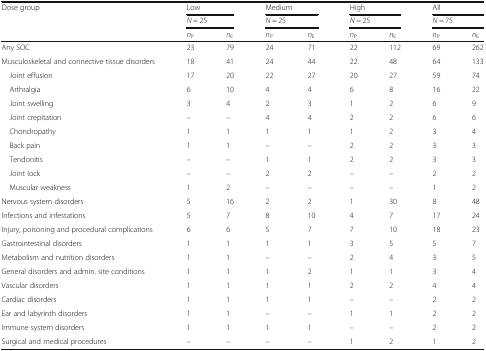
<table><thead><tr><td rowspan="3"><b>Dose group</b></td><td colspan="2"><b>Low</b></td><td colspan="2"><b>Medium</b></td><td colspan="2"><b>High</b></td><td colspan="2"><b>All</b></td></tr><tr><td colspan="2"><b><i>N</i> = 25</b></td><td colspan="2"><b><i>N</i> = 25</b></td><td colspan="2"><b><i>N</i> = 25</b></td><td colspan="2"><b><i>N</i> = 75</b></td></tr><tr><td><b><i>n</i><sub>P</sub></b></td><td><b><i>n</i><sub>E</sub></b></td><td><b><i>n</i><sub>P</sub></b></td><td><b><i>n</i><sub>E</sub></b></td><td><b><i>n</i><sub>P</sub></b></td><td><b><i>n</i><sub>E</sub></b></td><td><b><i>n</i><sub>P</sub></b></td><td><b><i>n</i><sub>E</sub></b></td></tr></thead><tbody><tr><td>Any SOC</td><td>23</td><td>79</td><td>24</td><td>71</td><td>22</td><td>112</td><td>69</td><td>262</td></tr><tr><td>Musculoskeletal and connective tissue disorders</td><td>18</td><td>41</td><td>24</td><td>44</td><td>22</td><td>48</td><td>64</td><td>133</td></tr><tr><td> Joint effusion</td><td>17</td><td>20</td><td>22</td><td>27</td><td>20</td><td>27</td><td>59</td><td>74</td></tr><tr><td> Arthralgia</td><td>6</td><td>10</td><td>4</td><td>4</td><td>6</td><td>8</td><td>16</td><td>22</td></tr><tr><td> Joint swelling</td><td>3</td><td>4</td><td>2</td><td>3</td><td>1</td><td>2</td><td>6</td><td>9</td></tr><tr><td> Joint crepitation</td><td>–</td><td>–</td><td>4</td><td>4</td><td>2</td><td>2</td><td>6</td><td>6</td></tr><tr><td> Chondropathy</td><td>1</td><td>1</td><td>1</td><td>1</td><td>1</td><td>2</td><td>3</td><td>4</td></tr><tr><td> Back pain</td><td>1</td><td>1</td><td>–</td><td>–</td><td>2</td><td>2</td><td>3</td><td>3</td></tr><tr><td> Tendonitis</td><td>–</td><td>–</td><td>1</td><td>1</td><td>2</td><td>2</td><td>3</td><td>3</td></tr><tr><td> Joint lock</td><td>–</td><td>–</td><td>2</td><td>2</td><td>–</td><td>–</td><td>2</td><td>2</td></tr><tr><td> Muscular weakness</td><td>1</td><td>2</td><td>–</td><td>–</td><td>–</td><td>–</td><td>1</td><td>2</td></tr><tr><td>Nervous system disorders</td><td>5</td><td>16</td><td>2</td><td>2</td><td>1</td><td>30</td><td>8</td><td>48</td></tr><tr><td>Infections and infestations</td><td>5</td><td>7</td><td>8</td><td>10</td><td>4</td><td>7</td><td>17</td><td>24</td></tr><tr><td>Injury, poisoning and procedural complications</td><td>6</td><td>6</td><td>5</td><td>7</td><td>7</td><td>10</td><td>18</td><td>23</td></tr><tr><td>Gastrointestinal disorders</td><td>1</td><td>1</td><td>1</td><td>1</td><td>3</td><td>5</td><td>5</td><td>7</td></tr><tr><td>Metabolism and nutrition disorders</td><td>1</td><td>1</td><td>–</td><td>–</td><td>2</td><td>4</td><td>3</td><td>5</td></tr><tr><td>General disorders and admin. site conditions</td><td>1</td><td>1</td><td>1</td><td>2</td><td>1</td><td>1</td><td>3</td><td>4</td></tr><tr><td>Vascular disorders</td><td>1</td><td>1</td><td>1</td><td>1</td><td>2</td><td>2</td><td>4</td><td>4</td></tr><tr><td>Cardiac disorders</td><td>1</td><td>1</td><td>1</td><td>1</td><td>–</td><td>–</td><td>2</td><td>2</td></tr><tr><td>Ear and labyrinth disorders</td><td>1</td><td>1</td><td>–</td><td>–</td><td>1</td><td>1</td><td>2</td><td>2</td></tr><tr><td>Immune system disorders</td><td>1</td><td>1</td><td>1</td><td>1</td><td>–</td><td>–</td><td>2</td><td>2</td></tr><tr><td>Surgical and medical procedures</td><td>–</td><td>–</td><td>–</td><td>–</td><td>1</td><td>2</td><td>1</td><td>2</td></tr></tbody></table>